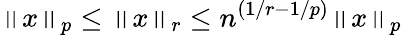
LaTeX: \left\| x\right\| _{p}\leq\left\| x\right\| _{r}\leq n^{(1/r-1/p)}\left\| x\right\| _{p}